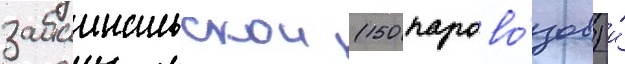
забаикальскои (150 парово́зов) и́